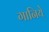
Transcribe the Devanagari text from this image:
गानिये